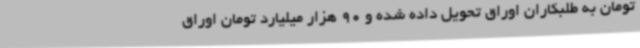
تومان به طلبکاران اوراق تحویل داده شده و 90 هزار میلیارد تومان اوراق